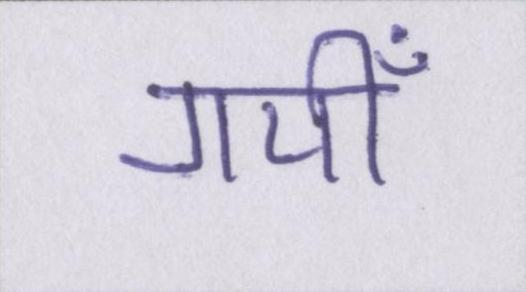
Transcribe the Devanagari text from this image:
गयीँ